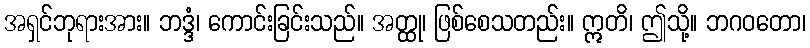
အရှင်ဘုရားအား။ ဘဒ္ဒံ၊ ကောင်းခြင်းသည်။ အတ္ထု၊ ဖြစ်စေသတည်း။ ဣတိ၊ ဤသို့။ ဘဂဝတော၊